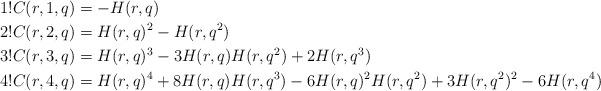
LaTeX: \begin{align*} 1!C(r,1,q) &= -H(r,q) \\ 2!C(r,2,q) &= H(r,q)^2 - H(r,q^2) \\ 3!C(r,3,q) &= H(r,q)^3 - 3H(r,q)H(r,q^2) + 2H(r,q^3) \\ 4!C(r,4,q) &= H(r,q)^4 + 8H(r,q)H(r,q^3) - 6H(r,q)^2H(r,q^2) + 3H(r,q^2)^2 - 6H(r,q^4) \end{align*}